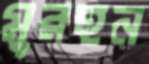
মুরহন